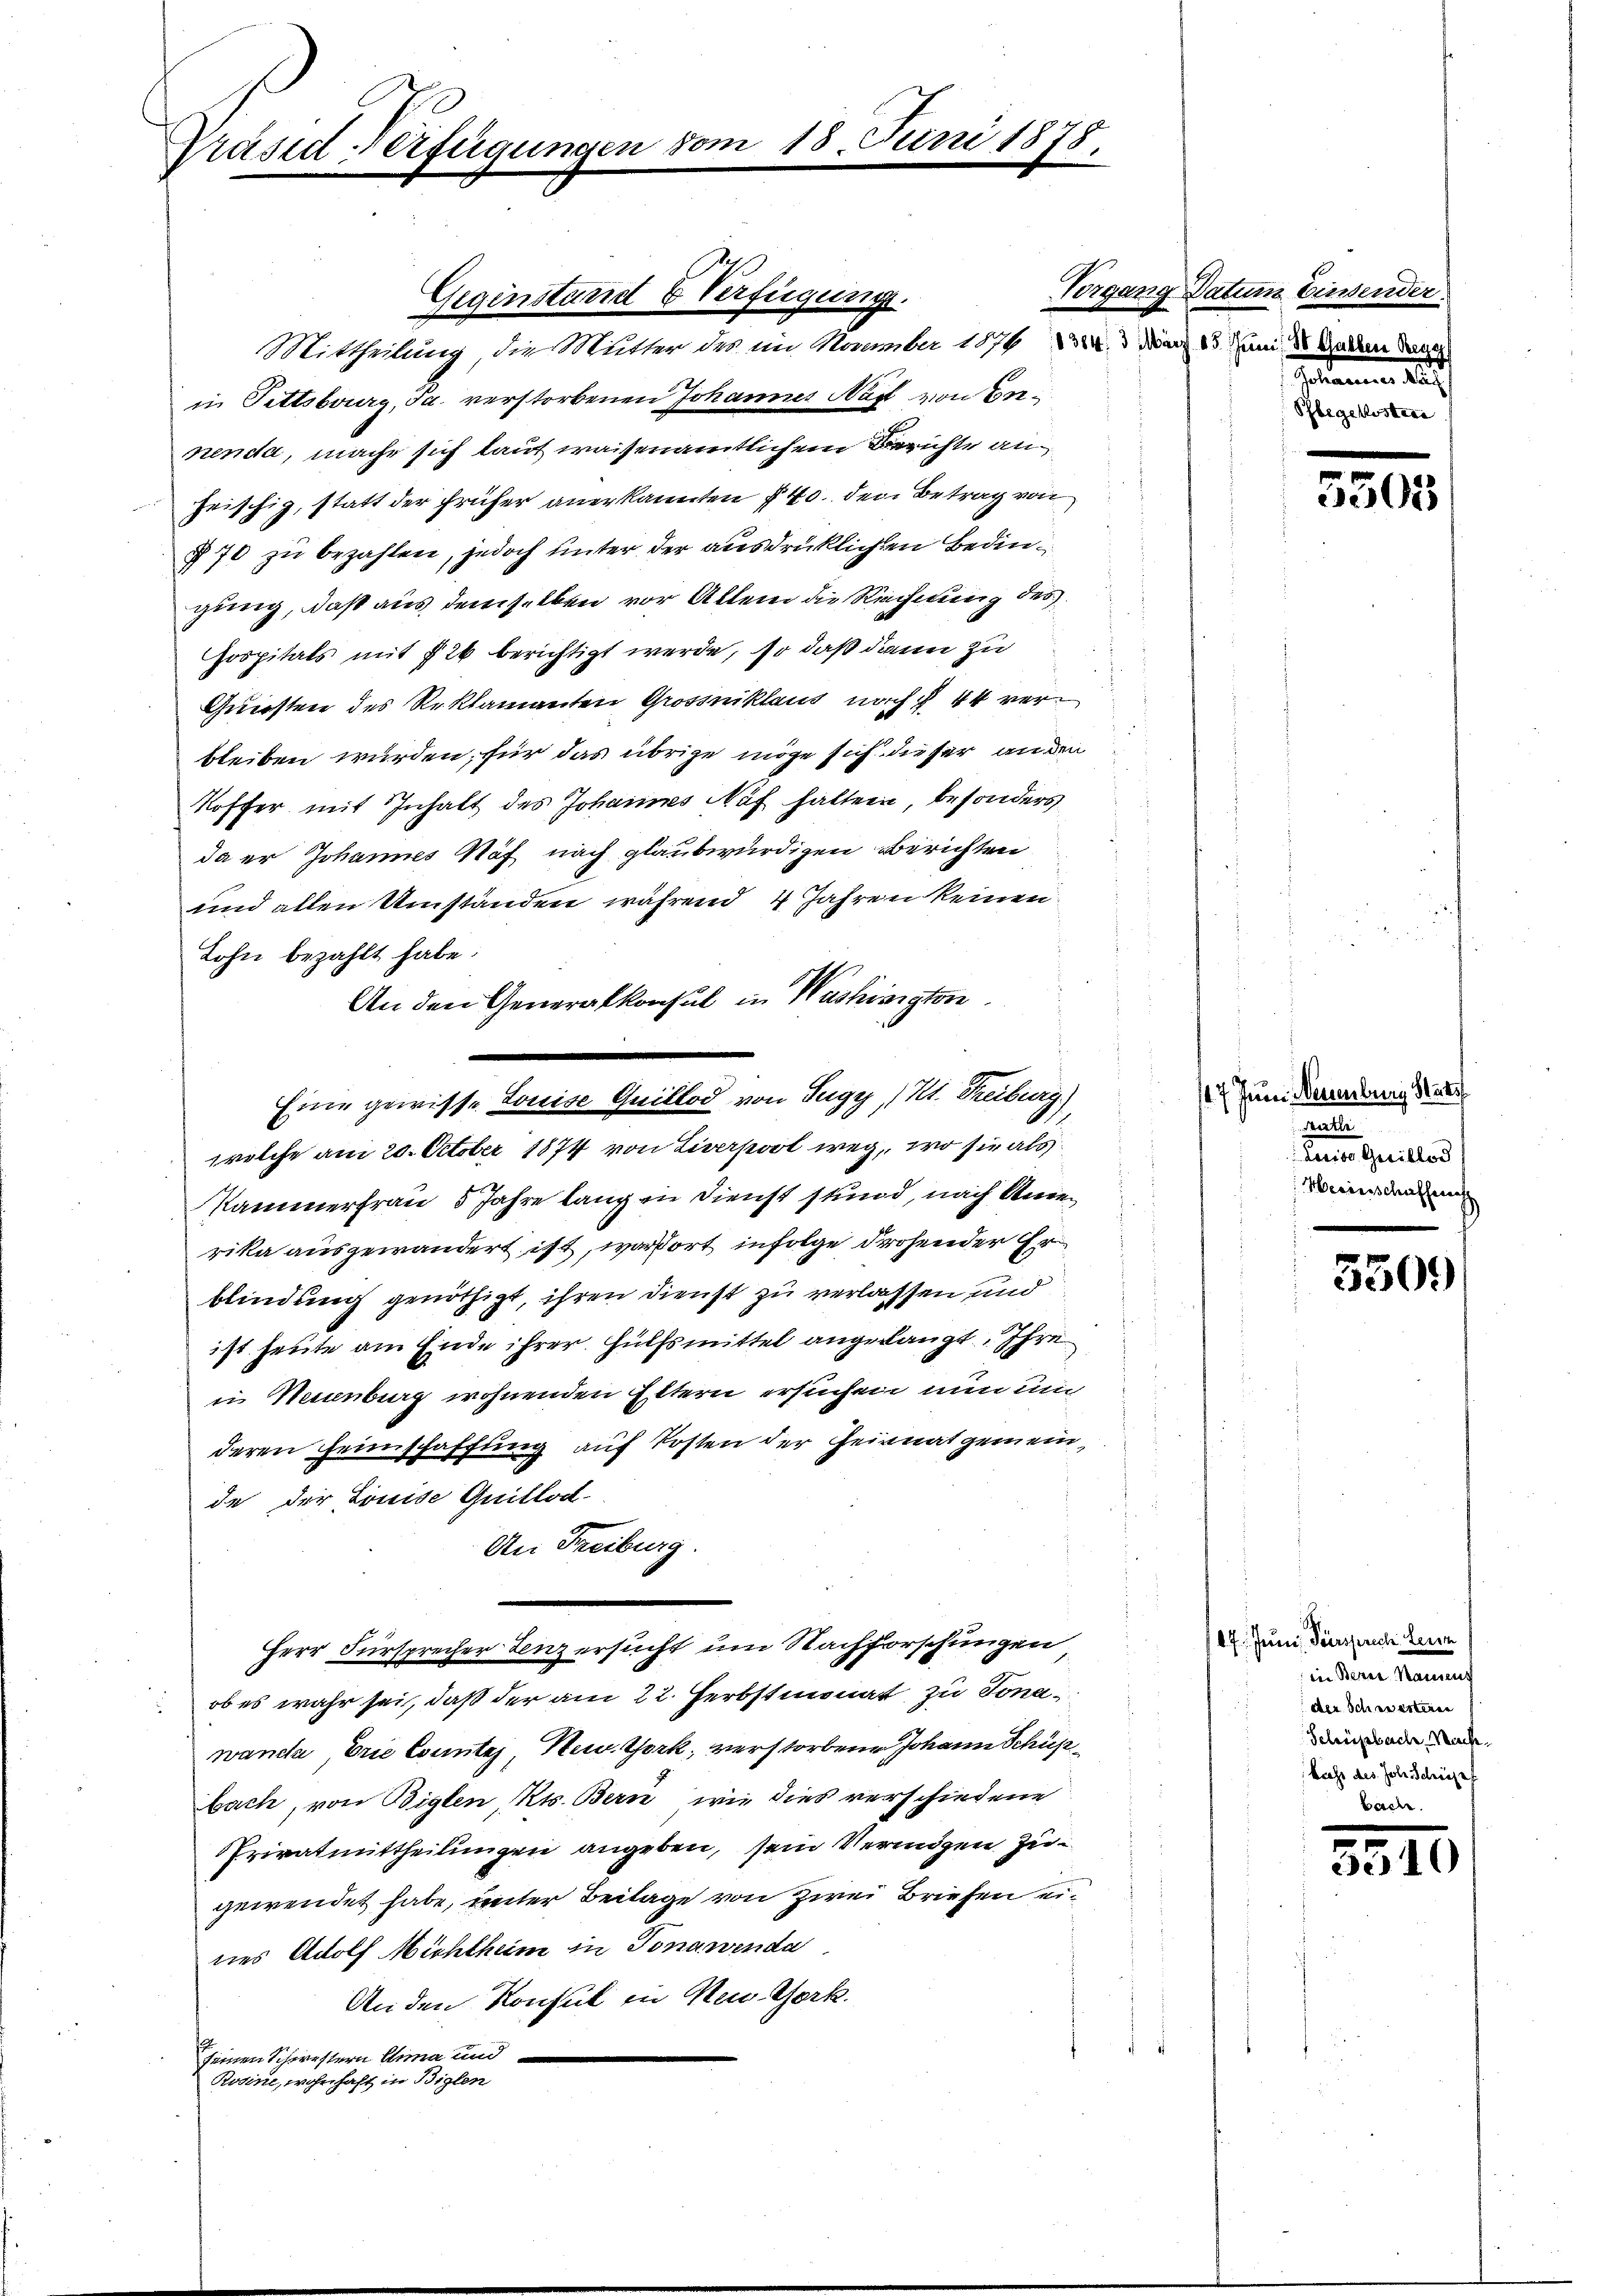
Präsed Verfügungen

Vergang
Mittheilung die Mutter des im November 1876 de
in Fettsburg, Ja. verstorbenen Johannes Näf von Ennenda, mache sich laut waisenamtlichem Berichte anheischig, statt der früher anerkannten § 40. den Betrag von
§ 70 zu bezahlen, jedoch unter der ausdrücklichen Bedingung, daß aus demselben vor Allem die Rechnung des
hospitals mit 724 berichtigt werde, so daß dann zu
Guersten des Reklamanten Grossniklaus nach § 44 verbleiben wurden, für das übrige möge sich dieser anden
Koffer mit Inhalt des Johannes Auf hatten, besonders
da er Johannes Näf nach glaubwürdigen Berichten
und allen Umständen während 4 Jahren keinen
Lohn bezahlt habe.
An den Generalkonsul in Washinigten
welche am 20. October 1874 von Liverpool weg, wo sie als
Kammerfrau, 5 Jahre langen Dienst stund, nach Ande
rika ausgewändert ist, war dort infolge drohender Erblindung genöthigt, ihren Dienst zu verlassen und
ist heute am Ende ihrer Hülfsmittel angelangt. Ihre
in Neuenburg wohnenden Eltern ersuchen nun um
deren Heimschaffung auf Kosten der Feinnatgemein,
de der Louise Quillod
An Freiburg.
¬
Herr Fürsprecher Lenz ersucht um Nachforschungen
ob es wahr sei, daß der am 22. Herbstmonat zu Tonawandte Drie Counter, New York, verstorbene Johann Schüp
bach, von Biglen Kts. Bern, wie dies verschiedene
Privatmittheilungen angeben, sein Vermögen Zugewendet habe, unter Beilage von Zwei Briefen eines Adolf Nichtheim in Tonauenda
An den Konsul in Neu Gork.
seinen Schwestern Anna und
Rosine, wohnhaft in Biglen

Eine gewisse Louise Quillod von Tugy, Kt. Treiburg)

Gegenstand & Verfügung.

18. Juni 1878.

Datum Einsender
85 Juni: 30 Gulden Reg
Gesammen, a
S
oster

5505

47 Juni Neuenburg Statt
Suter
daene Guillos
Herinschaffung

5509

17. Juni. Fürsprech Herrn
indem Sinnerh
der Schwesteren
Schüpbach, Nacht.
bacht des Joh. Schröde

n